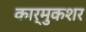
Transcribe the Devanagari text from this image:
कार्मुकशर